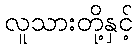
လူသားတို့နှင့်